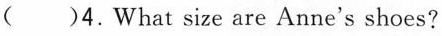
()4.What size are Anne's shoes?